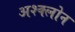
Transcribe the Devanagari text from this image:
अश्क्लोन